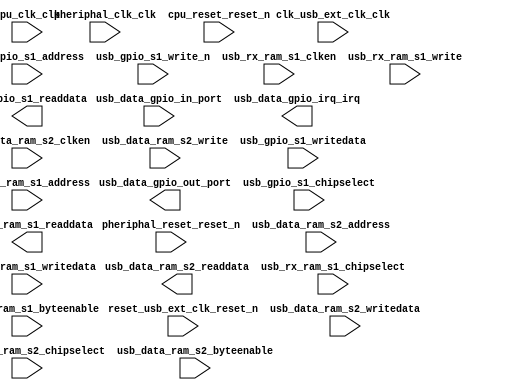

module USB_Comms_SYS (
	clk_usb_ext_clk_clk,
	pheriphal_clk_clk,
	pheriphal_reset_reset_n,
	reset_usb_ext_clk_reset_n,
	cpu_clk_clk,
	cpu_reset_reset_n,
	usb_data_gpio_in_port,
	usb_data_gpio_out_port,
	usb_data_gpio_irq_irq,
	usb_data_ram_s2_address,
	usb_data_ram_s2_chipselect,
	usb_data_ram_s2_clken,
	usb_data_ram_s2_write,
	usb_data_ram_s2_readdata,
	usb_data_ram_s2_writedata,
	usb_data_ram_s2_byteenable,
	usb_gpio_s1_address,
	usb_gpio_s1_write_n,
	usb_gpio_s1_writedata,
	usb_gpio_s1_chipselect,
	usb_gpio_s1_readdata,
	usb_rx_ram_s1_address,
	usb_rx_ram_s1_clken,
	usb_rx_ram_s1_chipselect,
	usb_rx_ram_s1_write,
	usb_rx_ram_s1_readdata,
	usb_rx_ram_s1_writedata,
	usb_rx_ram_s1_byteenable);	

	input		clk_usb_ext_clk_clk;
	input		pheriphal_clk_clk;
	input		pheriphal_reset_reset_n;
	input		reset_usb_ext_clk_reset_n;
	input		cpu_clk_clk;
	input		cpu_reset_reset_n;
	input		usb_data_gpio_in_port;
	output		usb_data_gpio_out_port;
	output		usb_data_gpio_irq_irq;
	input	[10:0]	usb_data_ram_s2_address;
	input		usb_data_ram_s2_chipselect;
	input		usb_data_ram_s2_clken;
	input		usb_data_ram_s2_write;
	output	[31:0]	usb_data_ram_s2_readdata;
	input	[31:0]	usb_data_ram_s2_writedata;
	input	[3:0]	usb_data_ram_s2_byteenable;
	input	[2:0]	usb_gpio_s1_address;
	input		usb_gpio_s1_write_n;
	input	[31:0]	usb_gpio_s1_writedata;
	input		usb_gpio_s1_chipselect;
	output	[31:0]	usb_gpio_s1_readdata;
	input	[10:0]	usb_rx_ram_s1_address;
	input		usb_rx_ram_s1_clken;
	input		usb_rx_ram_s1_chipselect;
	input		usb_rx_ram_s1_write;
	output	[31:0]	usb_rx_ram_s1_readdata;
	input	[31:0]	usb_rx_ram_s1_writedata;
	input	[3:0]	usb_rx_ram_s1_byteenable;
endmodule